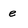
Character: e